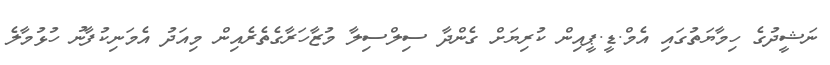
ނަޝީދުގެ ހިމާޔަތުގައި އެމް.ޑީ.ޕީއިން ކުރިޔަށް ގެންދާ ސިލްސިލާ މުޒާހަރާގެތެރެއިން މިއަދު އެމަނިކުފާނު ހުޅުމާލެ